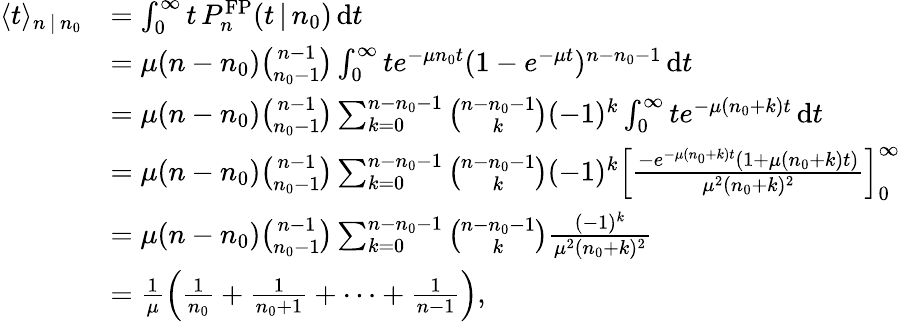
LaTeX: \begin{array}{rl}{\langle t\rangle_{n\, |\, n_{0}}}&{=\int_{0}^{\infty}t\, P_{n}^{\mathrm{FP}}(t\, |\, n_{0})\, \mathrm{d}t}\\ &{=\mu(n-n_{0}){\binom{n-1}{n_{0}-1}}\int_{0}^{\infty}te^{-\mu n_{0}t}(1-e^{-\mu t})^{n-n_{0}-1}\, \mathrm{d}t}\\ &{=\mu(n-n_{0}){\binom{n-1}{n_{0}-1}}\sum_{k=0}^{n-n_{0}-1}{\binom{n-n_{0}-1}{k}}(-1)^{k}\int_{0}^{\infty}te^{-\mu(n_{0}+k)t}\, \mathrm{d}t}\\ &{=\mu(n-n_{0}){\binom{n-1}{n_{0}-1}}\sum_{k=0}^{n-n_{0}-1}{\binom{n-n_{0}-1}{k}}(-1)^{k}\left[\frac{-e^{-\mu(n_{0}+k)t}(1+\mu(n_{0}+k)t)}{\mu^{2}(n_{0}+k)^{2}}\right]_{0}^{\infty}}\\ &{=\mu(n-n_{0}){\binom{n-1}{n_{0}-1}}\sum_{k=0}^{n-n_{0}-1}{\binom{n-n_{0}-1}{k}}\frac{(-1)^{k}}{\mu^{2}(n_{0}+k)^{2}}}\\ &{=\frac{1}{\mu}\left(\frac{1}{n_{0}}+\frac{1}{n_{0}+1}+\cdots+\frac{1}{n-1}\right),}\end{array}